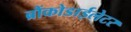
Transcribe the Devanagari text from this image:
ब्रौंकोडाईलेटर